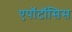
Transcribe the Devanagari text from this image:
एपॉटॉसिस